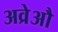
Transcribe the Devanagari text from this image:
अव्रेऔ